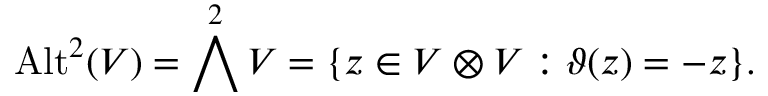
{ \mathrm { A l t } } ^ { 2 } ( V ) = \bigwedge ^ { 2 } V = \{ z \in V \otimes V : \vartheta ( z ) = - z \} .